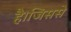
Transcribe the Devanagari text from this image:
है।जिससे